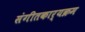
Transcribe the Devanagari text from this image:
संगीतकार्यक्रम